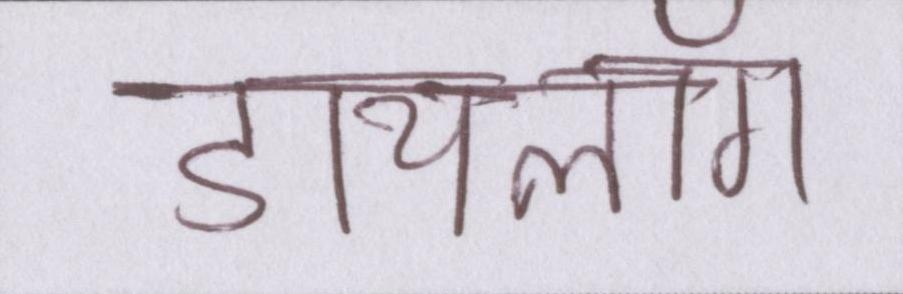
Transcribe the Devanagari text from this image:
डायलॉग